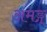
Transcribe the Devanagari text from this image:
अमङ्ग्